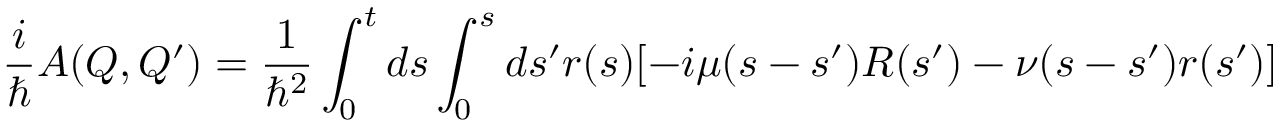
\frac { i } { \hbar } A ( Q , Q ^ { \prime } ) = \frac { 1 } { \hbar ^ { 2 } } \int _ { 0 } ^ { t } d s \int _ { 0 } ^ { s } d s ^ { \prime } r ( s ) [ - i \mu ( s - s ^ { \prime } ) R ( s ^ { \prime } ) - \nu ( s - s ^ { \prime } ) r ( s ^ { \prime } ) ]